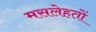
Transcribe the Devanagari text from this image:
मसलेहतों